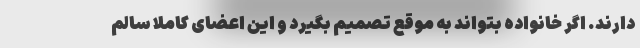
دارند. اگر خانواده بتواند به موقع تصمیم بگیرد و این اعضای کاملا سالم